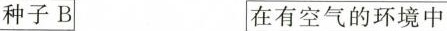
种子B 在有空气的环境中